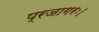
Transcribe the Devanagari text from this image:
प्रजागरः।